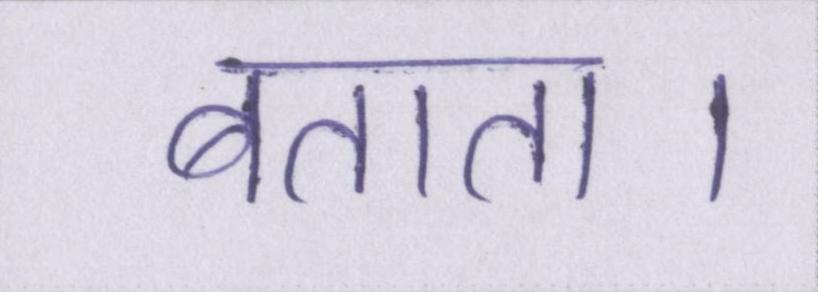
बताता।